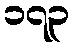
၁၇၃